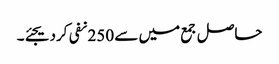
حاصل جمع میں سے 250 نفی کردیجئے۔